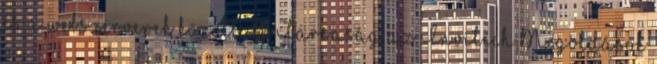
és a webszerverek között. A Társaság az Invitech Megoldások